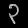
Digit: ၃